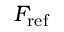
F _ { \mathrm { r e f } }